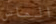
الماس